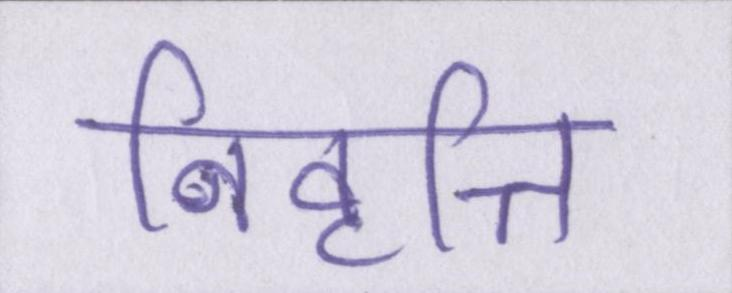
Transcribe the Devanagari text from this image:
निवृत्ति